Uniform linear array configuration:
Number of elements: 24
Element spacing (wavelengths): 1
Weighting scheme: hann
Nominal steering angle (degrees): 30
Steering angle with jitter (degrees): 28.197
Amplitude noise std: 0.05
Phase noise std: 0.05

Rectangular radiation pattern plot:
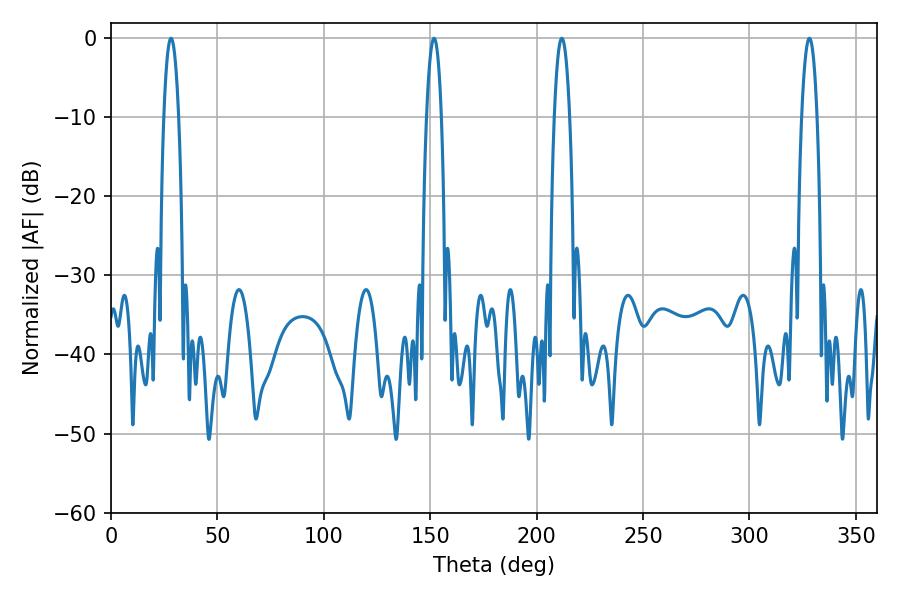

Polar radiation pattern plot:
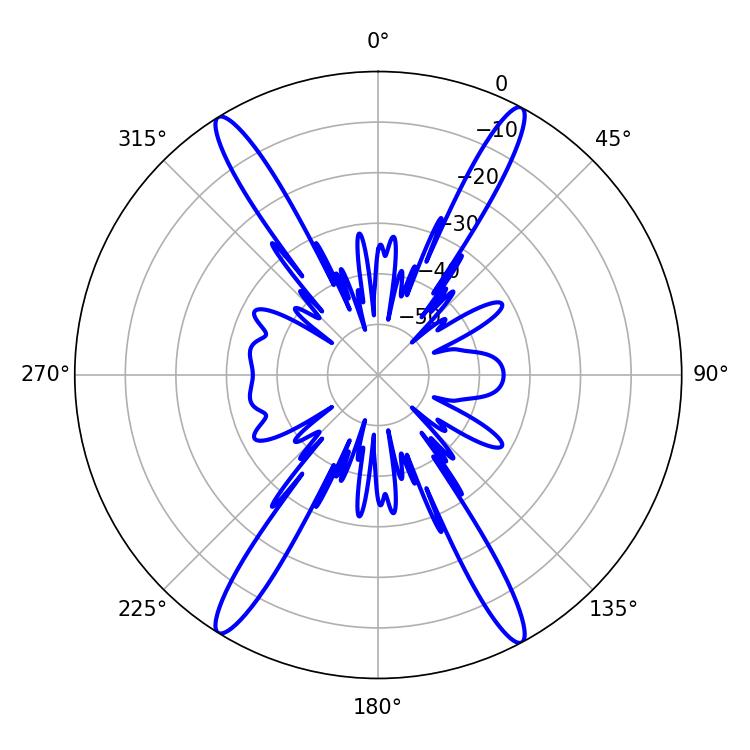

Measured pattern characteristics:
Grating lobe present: TRUE
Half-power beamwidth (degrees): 3.96
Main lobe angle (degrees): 211.86